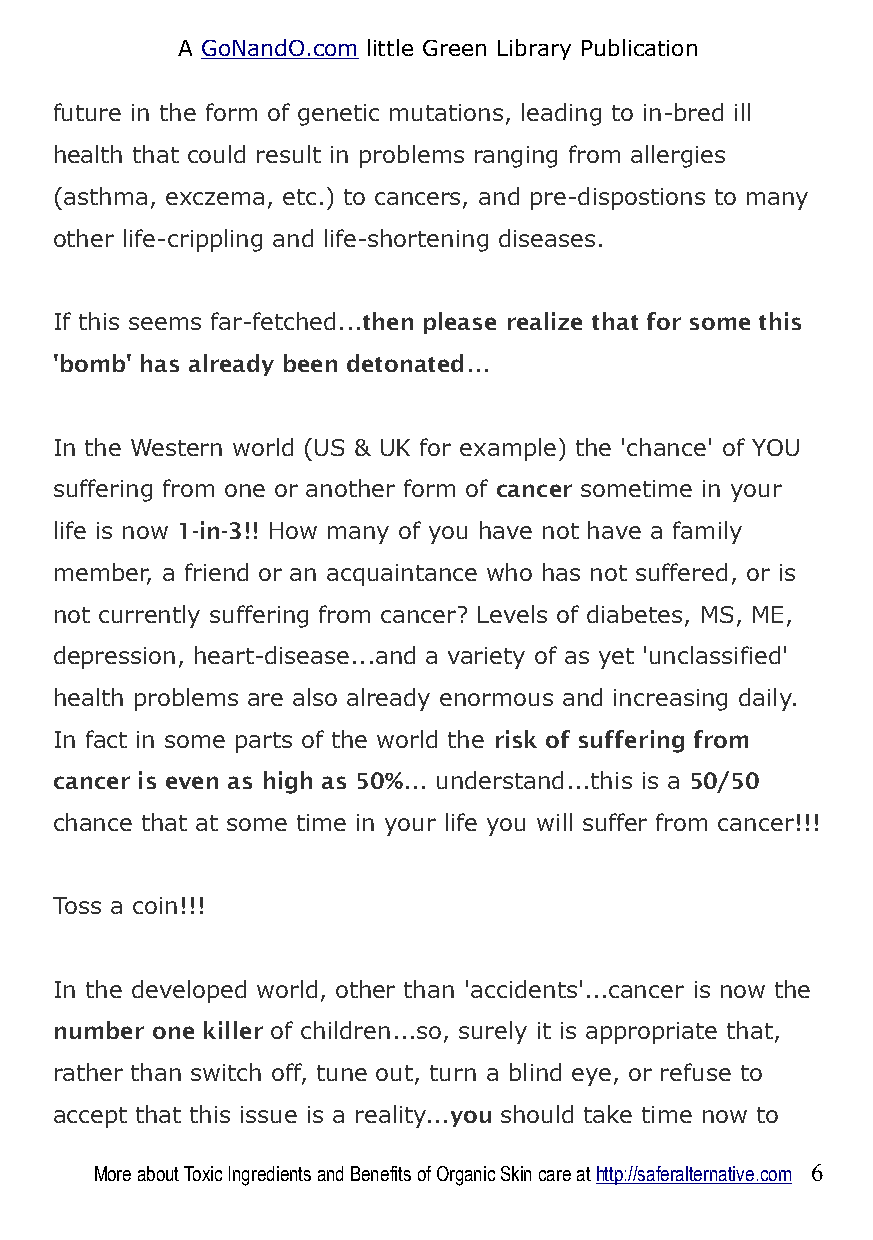
A GoNandO.com little Green Library Publication
 future in the form of genetic mutations, leading to in-bred ill
 health that could result in problems ranging from allergies
 (asthma, exczema, etc.) to cancers, and pre-dispostions to many
 other life-crippling and life-shortening diseases.
 If this seems far-fetched...then please realize that for some this
 'bomb' has already been detonated...
 In the Western world (US & UK for example) the 'chance' of YOU
 suffering from one or another form of cancer sometime in your
 life is now 1-in-3!! How many of you have not have a family
 member, a friend or an acquaintance who has not suffered, or is
 not currently suffering from cancer? Levels of diabetes, MS, ME,
 depression, heart-disease...and a variety of as yet 'unclassified'
 health problems are also already enormous and increasing daily.
 In fact in some parts of the world the risk of suffering from
 cancer is even as high as 50%... understand...this is a 50/50
 chance that at some time in your life you will suffer from cancer!!!
 Toss a coin!!!
 In the developed world, other than 'accidents'...cancer is now the
 number one killer of children...so, surely it is appropriate that,
 rather than switch off, tune out, turn a blind eye, or refuse to
 accept that this issue is a reality...you should take time now to
 More about Toxic Ingredients and Benefits of Organic Skin care at http://saferalternative.com 6